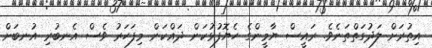
އިތުރަށް ލަދުގަތްތަނެވެ. ރައީސް ޔާމީންގެ ހެޔޮފުޅުކަން ދައްކަން މިފަހަރު ވެސް އެނބުރި އުނބަށް